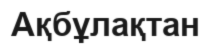
Ақбұлақтан